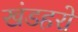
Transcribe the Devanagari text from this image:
खंडहरो